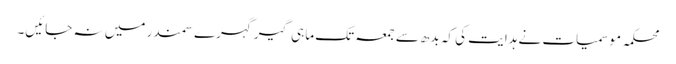
محکمہ موسمیات نے ہدایت کی کہ بدھ سے جمعہ تک ماہی گیرگہرے سمندر میں نہ جائیں۔